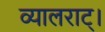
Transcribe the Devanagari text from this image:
व्यालराट्।